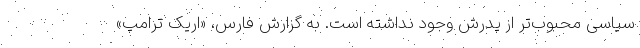
سیاسی محبوب‌تر از پدرش وجود نداشته است. به گزارش فارس، «اریک ترامپ»